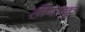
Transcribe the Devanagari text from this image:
हीराकु